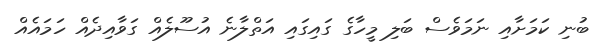
ބުނި ކަމަށާއި ނަމަވެސް ބަލި މީހާގެ ގައިގައި އަތްލާނެ އުސޫލެއް ގަވާއިދެއް ހަމައެއް